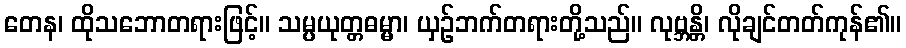
တေန၊ ထိုသဘောတရားဖြင့်။ သမ္ပယုတ္တဓမ္မာ၊ ယှဉ်ဘက်တရားတို့သည်။ လုဗ္ဘန္တိ၊ လိုချင်တတ်ကုန်၏။